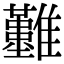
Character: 𩁣